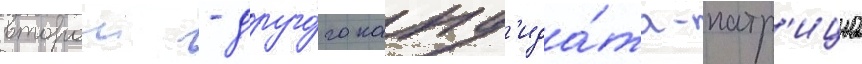
второи - друго́го канд'ида́та-патр'ициа